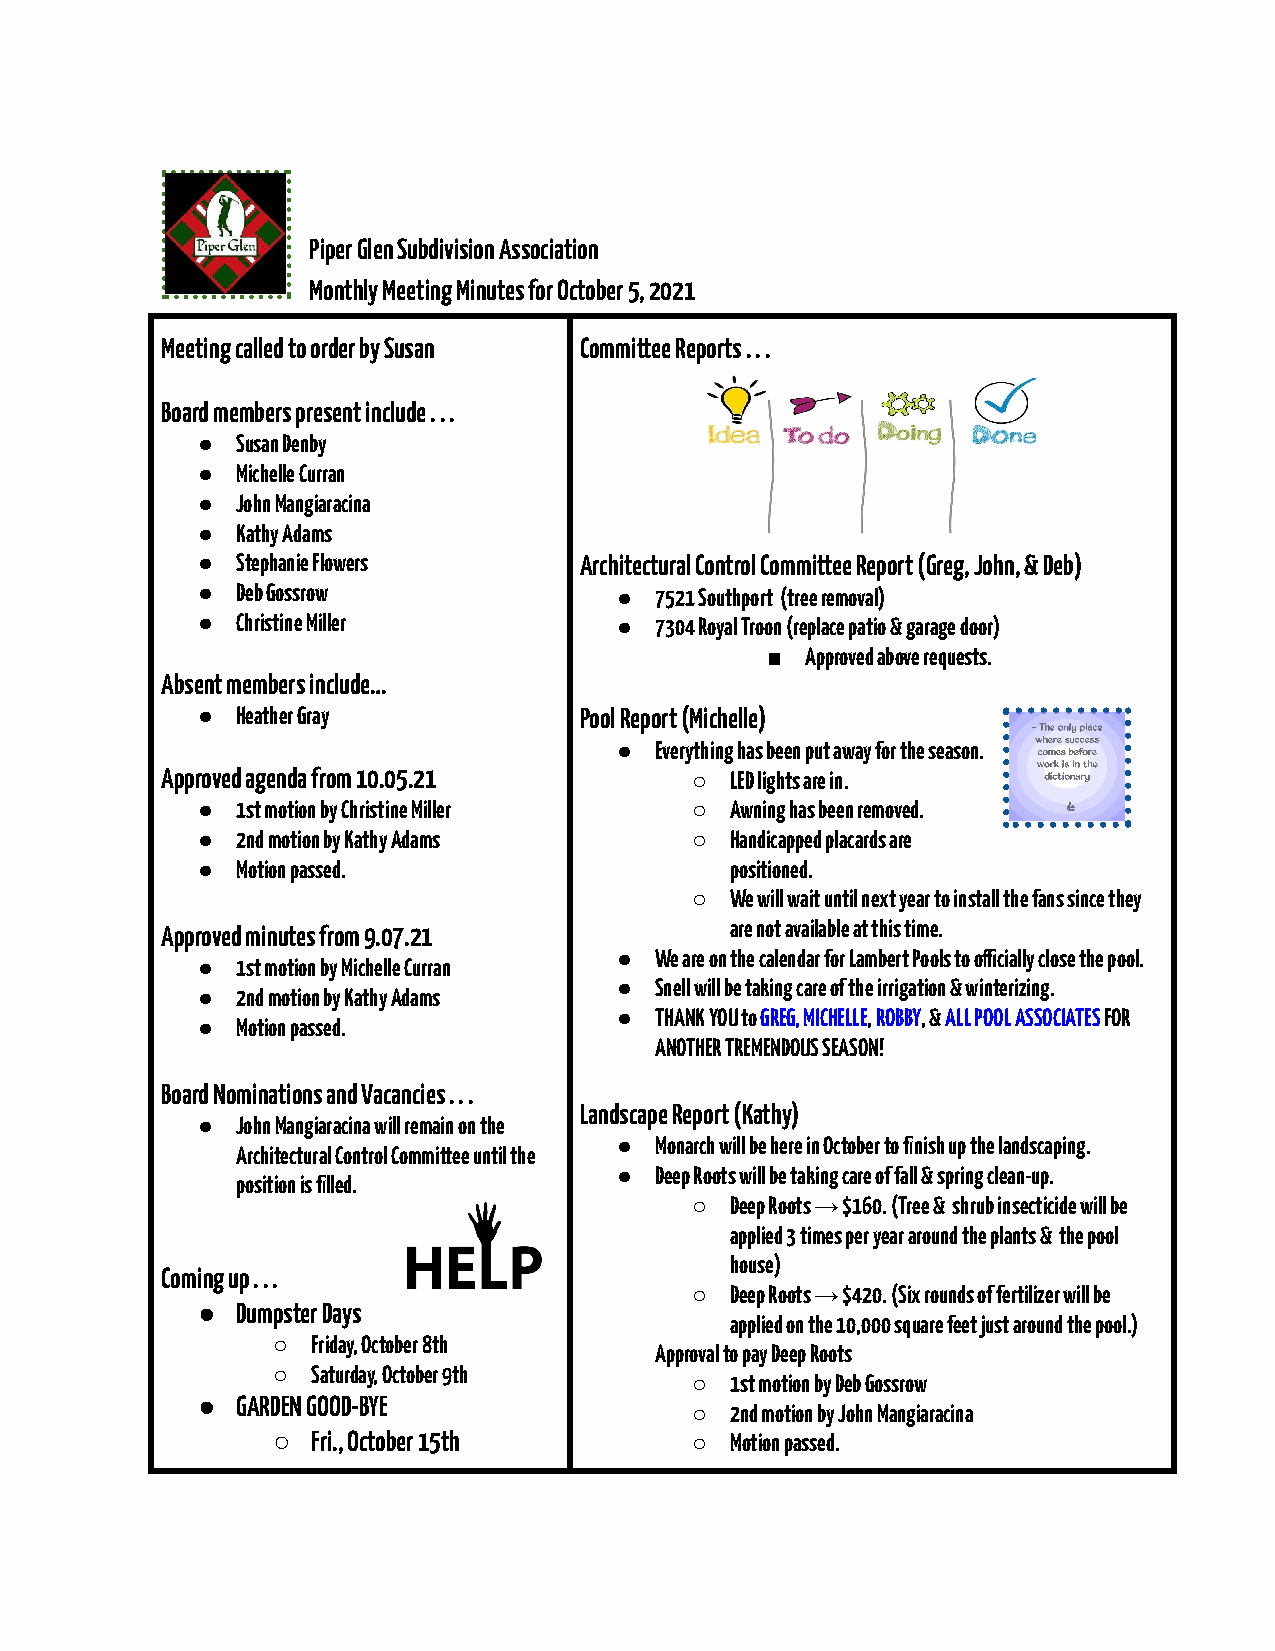
Piper Glen Subdivision Association
 Monthly Meeting Minutes for October 5, 2021
 Meeting called to order by Susan Committee Reports . . .
 Board members present include . . .
 ●  Susan Denby
 ●  Michelle Curran
 ●  John Mangiaracina
 ●  Kathy Adams
 ●  Stephanie Flowers     Architectural Control Committee Report (Greg, John, & Deb)
 ●  Deb Gossrow              ● 7521 Southport (tree removal)
 ●  Christine Miller         ● 7304 Royal Troon (replace patio & garage door)
 ■ Approved above requests.
 Absent members include…
 ●  Heather Gray          Pool Report (Michelle)
 ● Everything has been put away for the season.
 Approved agenda from 10.05.21      ○ LED lights are in.
 ●  1st motion by Christine Miller ○ Awning has been removed.
 ●  2nd motion by Kathy Adams     ○ Handicapped placards are
 ●  Motion passed.                  positioned.
 ○ We will wait until next year to install the fans since they
 Approved minutes from 9.07.21        are not available at this time.
 ● We are on the calendar for Lambert Pools to ocially close the pool.
 ●  1st motion by Michelle Curran
 ● Snell will be taking care of the irrigation & winterizing.
 ●  2nd motion by Kathy Adams
 ● THANK YOU toGREG, MICHELLE,ROBBY, &ALL POOL ASSOCIATESFOR
 ●  Motion passed.
 ANOTHER TREMENDOUS SEASON!
 Board Nominations and Vacancies . . .
 Landscape Report (Kathy)
 ●  John Mangiaracina will remain on the
 ● Monarch will be here in October to finish up the landscaping.
 Architectural Control Committee until the
 ● Deep Roots will be taking care of fall & spring clean-up.
 position is filled.
 ○ Deep Roots → $160. (Tree & shrub insecticide will be
 applied 3 times per year around the plants & the pool
 house)
 Coming up . . .
 ○ Deep Roots → $420. (Six rounds of fertilizer will be
 ●  Dumpster Days
 applied on the 10,000 square feet just around the pool.)
 ○  Friday, October 8th
 Approval to pay Deep Roots
 ○  Saturday, October 9th
 ○ 1st motion by Deb Gossrow
 ●  GARDEN GOOD-BYE
 ○ 2nd motion by John Mangiaracina
 ○  Fri., October 15th       ○ Motion passed.